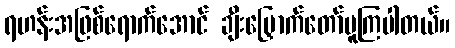
ရဟန်းအဖြစ်ရောက်အောင် ချီးမြှောက်တော်မူကြပါတယ်။